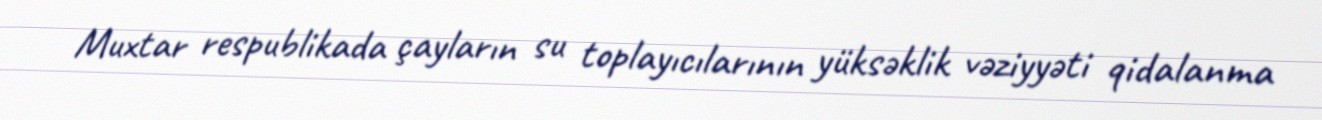
Muxtar respublikada çayların su toplayıcılarının yüksəklik vəziyyəti qidalanma